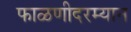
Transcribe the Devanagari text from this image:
फाळणीदरम्यान